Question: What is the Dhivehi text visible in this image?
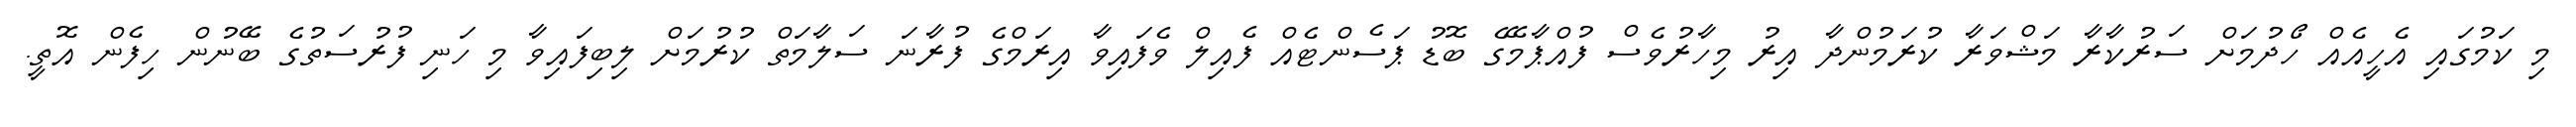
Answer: މި ކަމުގައި އެހީއެއް ހޯދުމަށް ސަރުކާރާ މަޝްވަރާ ކުރަމުންދާ އިރު މިހާރުވެސް ފުއްޕާމޭގެ ބޮޑު ޕަސެންޓެއް ފެއިލް ވެފައިވާ އިރަމްގެ ފުރާނަ ސަލާމަތް ކުރުމަށް ލިބިފައިވާ މި ހަނި ފުރުސަތުގެ ބޭނުން ހިފެން އޮތީ.